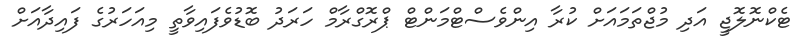
ޓެކްނޮލޮޖީ އަދި މުޖްތަމައަށް ކުރާ އިންވެސްޓްމަންޓް ޕްރޮގްރާމް ހަރަދު ބޮޑުވެފައިވާތީ މިއަހަރުގެ ފައިދާއަށް